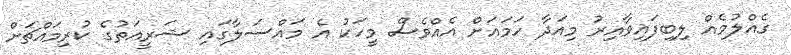
ގެއްލުމެއް ލިބިފައިވާއިރު މިއަދާ ހަމައަށް އެއްވެސް މީހަކު އެ މައްސަލާގައި ޝަރީއަތުގެ ކުރިމައްޗަށް